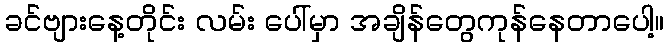
ခင်ဗျားနေ့တိုင်း လမ်း ပေါ်မှာ အချိန်တွေကုန်နေတာပေါ့။